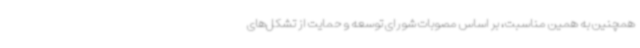
همچنین به همین مناسبت، بر اساس مصوبات شورای توسعه و حمایت از تشکل‌های